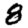
Digit: 8